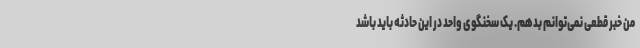
من خبر قطعی نمی‌توانم بدهم. یک سخنگوی واحد در این حادثه باید باشد